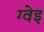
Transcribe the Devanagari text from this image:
ग्वेइ